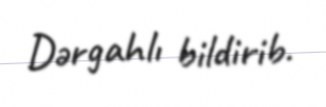
Dərgahlı bildirib.